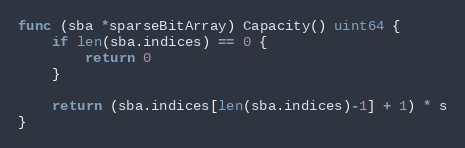
Language: Go
func (sba *sparseBitArray) Capacity() uint64 {
	if len(sba.indices) == 0 {
		return 0
	}

	return (sba.indices[len(sba.indices)-1] + 1) * s
}